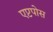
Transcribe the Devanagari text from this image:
एप्टपोस